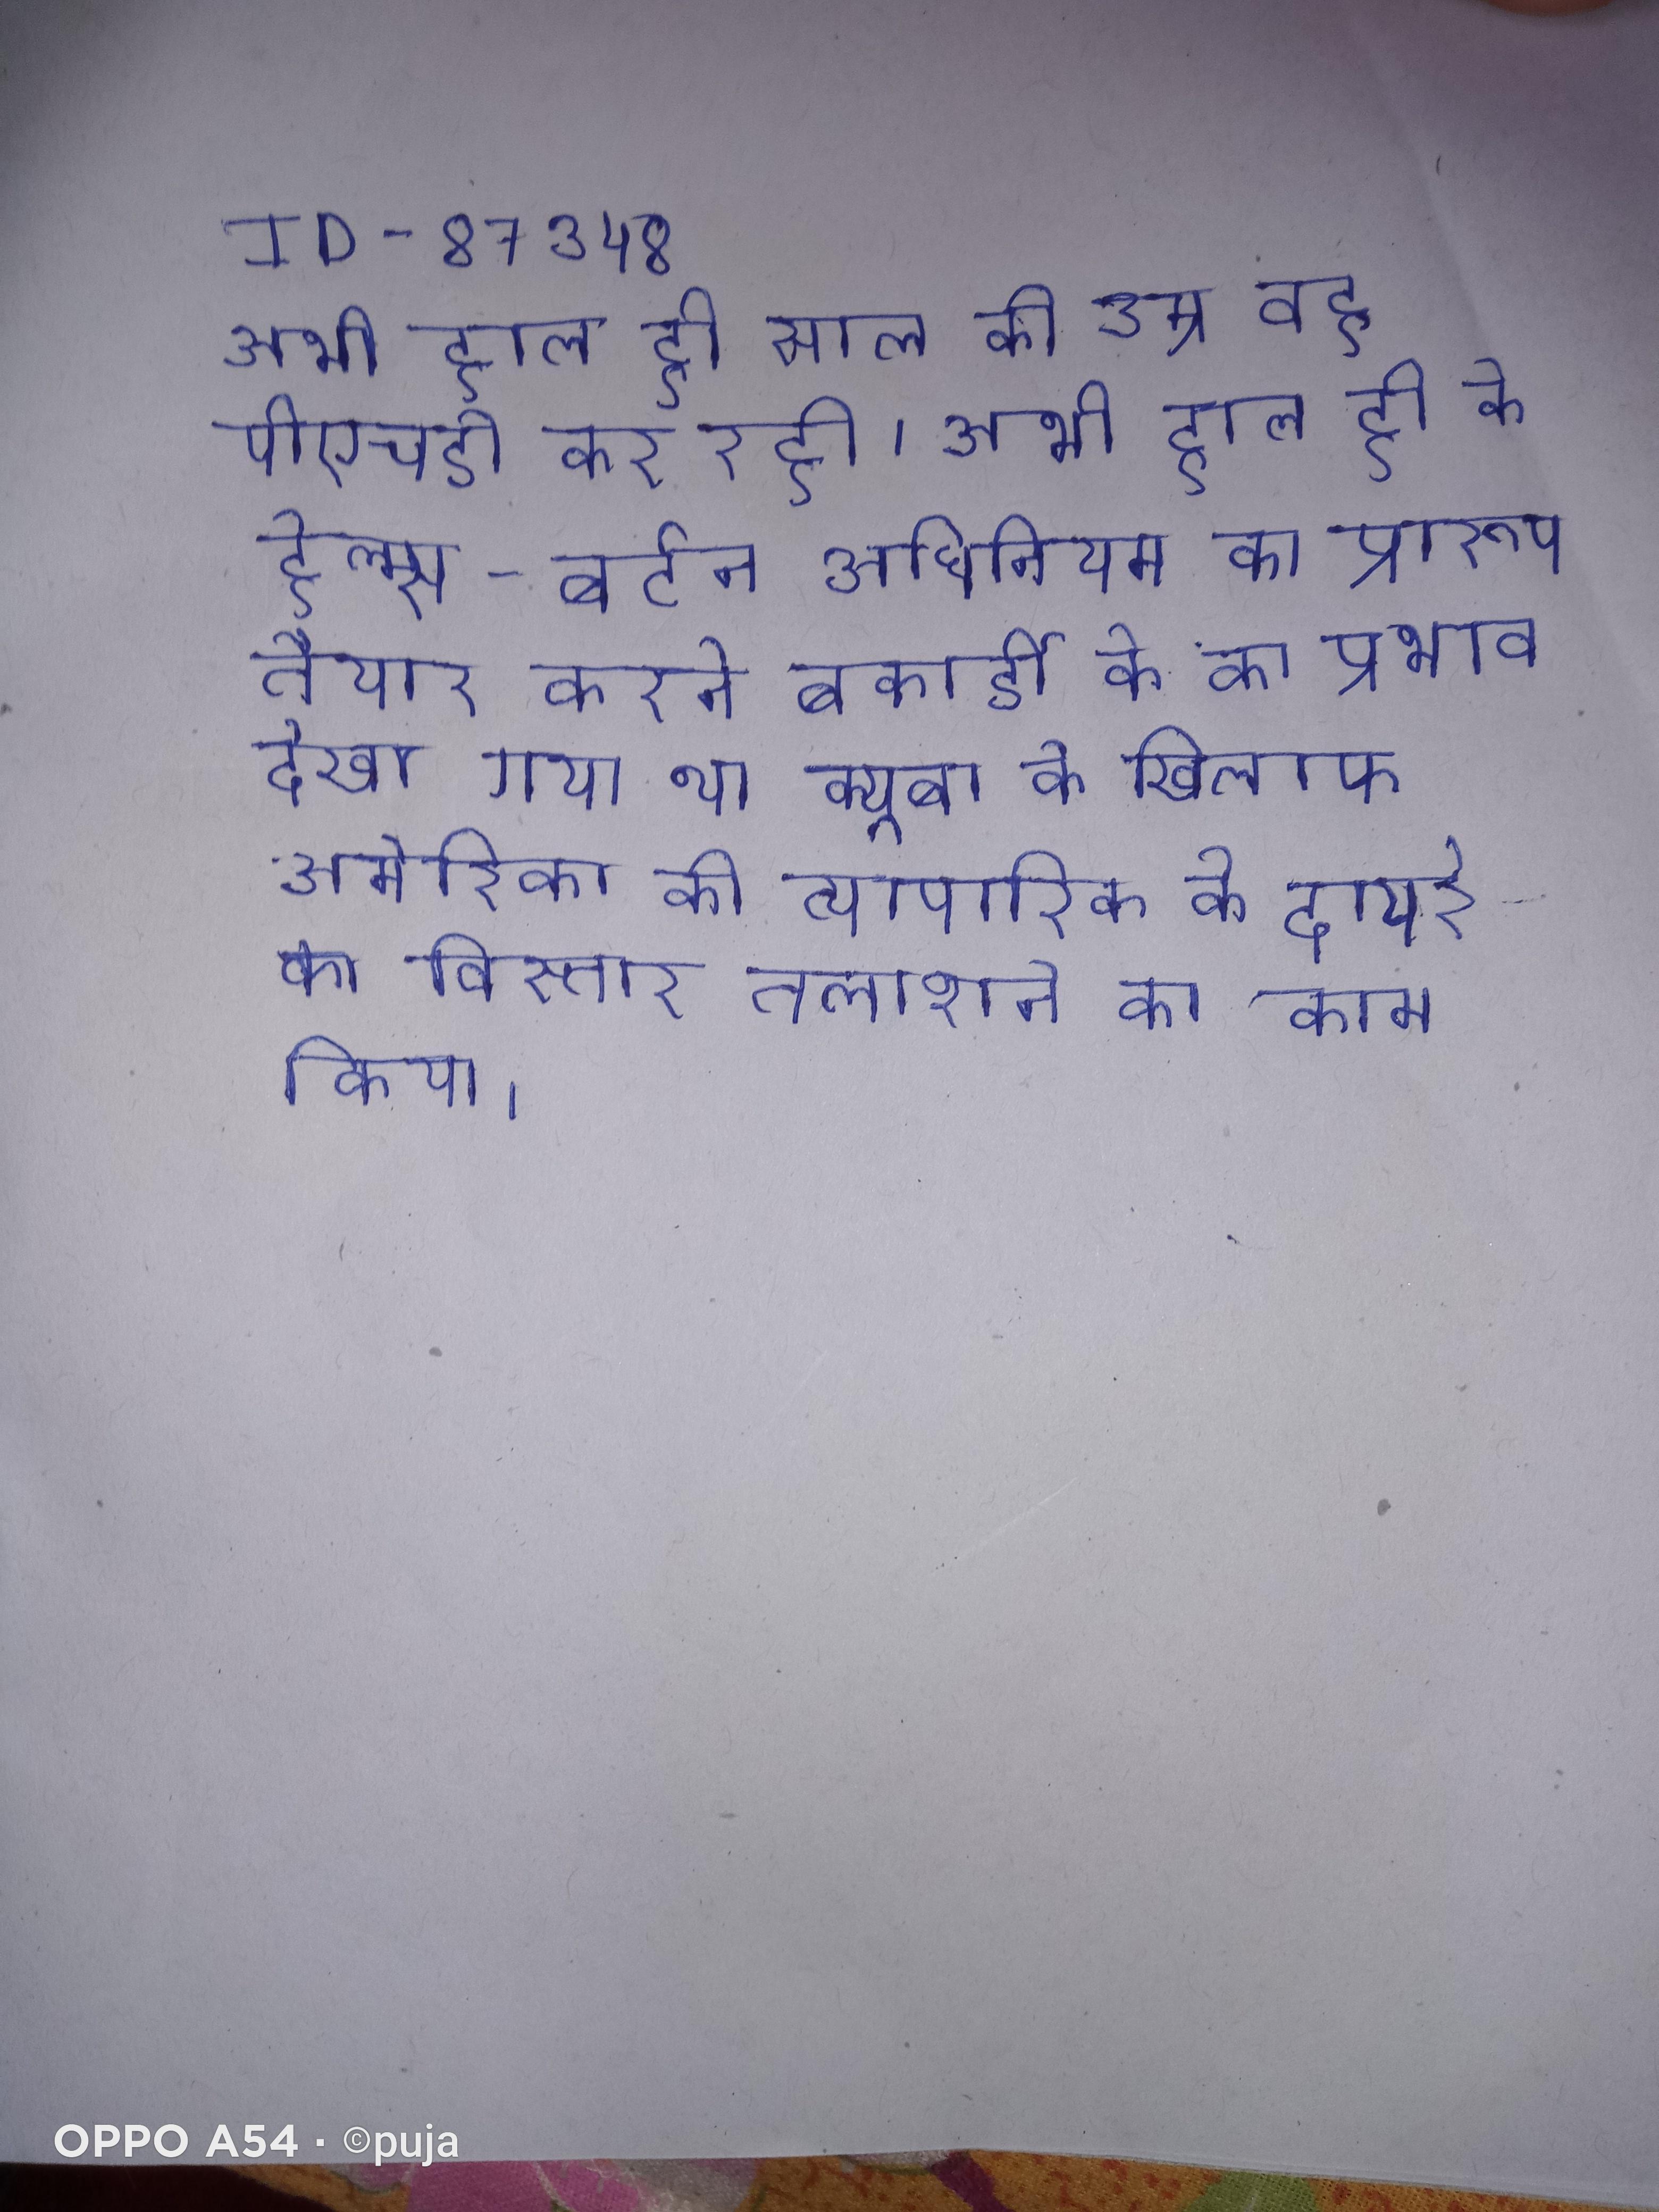
अभी हाल ही साल की उम्र वह पीएचडी कर रही । अभी हाल ही के हेल्म्स-बर्टन अधिनियम का प्रारूप तैयार करने बकार्डी के का प्रभाव देखा गया था क्यूबा के खिलाफ अमेरिका की व्यापारिक के दायरे का विस्तार तलाशने का काम किया ।